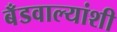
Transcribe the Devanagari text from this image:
बँडवाल्यांशी